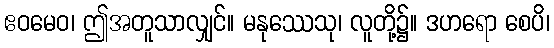
ဧဝမေဝ၊ ဤအတူသာလျှင်။ မနုဿေသု၊ လူတို့၌။ ဒဟရော စေပိ၊